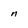
Character: n